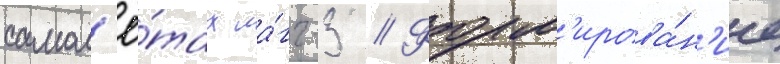
самол'ё́тах ла́гг-3 // Форм'ирова́н'ие